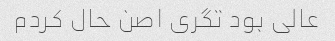
عالی بود تگری اصن حال کردم